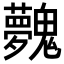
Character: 𩴲